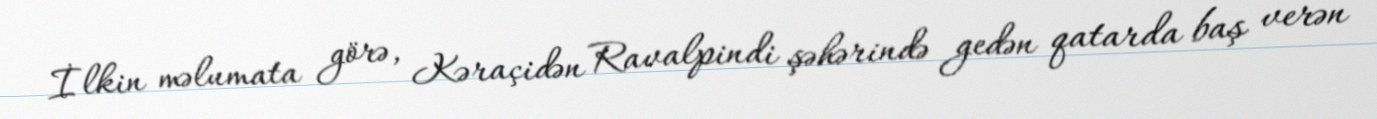
İlkin məlumata görə, Kəraçidən Ravalpindi şəhərində gedən qatarda baş verən